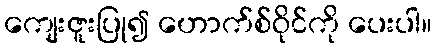
ကျေးဇူးပြု၍ ဟောက်စ်ဝိုင်ကို ပေးပါ။